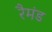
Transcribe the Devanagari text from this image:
रैमंड